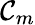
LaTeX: \mathcal{C}_{m}